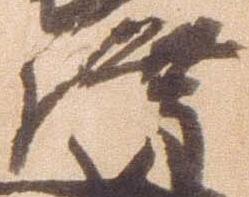
隆